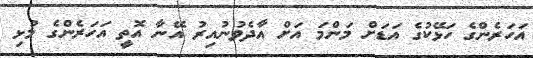
އަހަރެންގެ ހަޅޭކުގެ އަޑަށް މަންމަ އަށް އާދެވުނުއިރު އޭނާ އޮތީ އަހަރެންގެ މުޅި